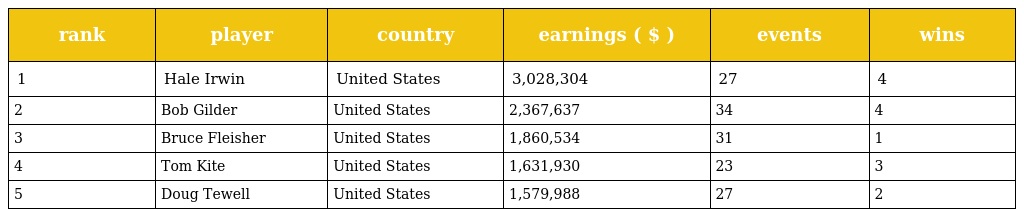
| rank | player | country | earnings ( $ ) | events | wins |
 | --- | --- | --- | --- | --- | --- |
 | 1 | Hale Irwin | United States | 3,028,304 | 27 | 4 |
 | 2 | Bob Gilder | United States | 2,367,637 | 34 | 4 |
 | 3 | Bruce Fleisher | United States | 1,860,534 | 31 | 1 |
 | 4 | Tom Kite | United States | 1,631,930 | 23 | 3 |
 | 5 | Doug Tewell | United States | 1,579,988 | 27 | 2 |